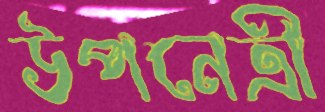
উপনেত্রী